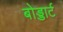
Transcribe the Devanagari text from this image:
बोड्डार्ट